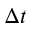
\Delta t